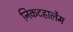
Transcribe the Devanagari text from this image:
निकटहार्लेम